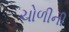
ચોળીની